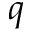
q